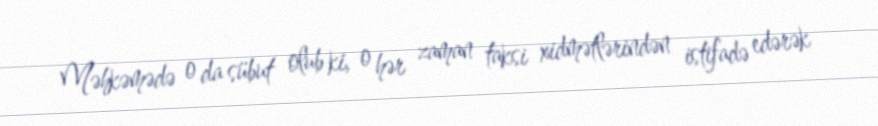
Məhkəmədə o da sübut olub ki, o hər zaman taksi xidmətlərindən istifadə edərək